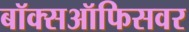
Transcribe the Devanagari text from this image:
बॉक्सऑफिसवर